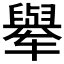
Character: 𬛼